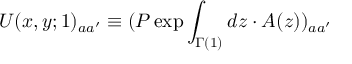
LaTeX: U ( x , y ; 1 ) _ { a a ^ { \prime } } \equiv ( P \exp \int _ { \Gamma ( 1 ) } d z \cdot A ( z ) ) _ { a a ^ { \prime } }